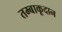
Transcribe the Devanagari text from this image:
तम्बाकूदान